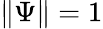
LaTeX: \| \Psi\| =1